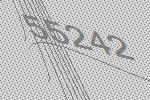
55242